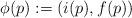
LaTeX: \begin{align*} \phi(p) := (i(p) , f(p))\end{align*}